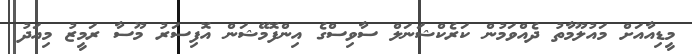
މީޑިއާއަށް މައުލޫމާތު ދެއްވަމުން ކަރެކްޝަނަލް ސާވިސްގެ އިންފޮމޭޝަން އޮފިސަރު މޫސާ ރަމީޒު މިއަދު